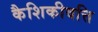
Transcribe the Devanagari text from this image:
कैशिकीवत्ति